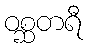
ဝစ္ဆတရီ